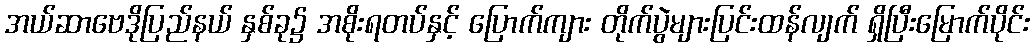
အယ်ဆာဗေဒိုပြည်နယ် နှစ်ခု၌ အစိုးရတပ်နှင့် ပြောက်ကျား တိုက်ပွဲများပြင်းထန်လျက် ရှိပြီးမြောက်ပိုင်း